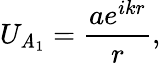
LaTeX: U_{\mathit{A}_{1}}={\frac{{ae^{ikr}}}{{r}}},